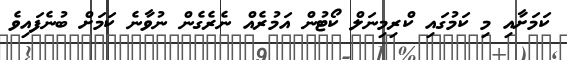
ކަމަށާއި މި ކަމުގައި ކްރިމިނަލް ކޯޓުން އަމުރެއް ނެރެގެން ނުވާނެ ކަމަށް ބުނެފައިވެ